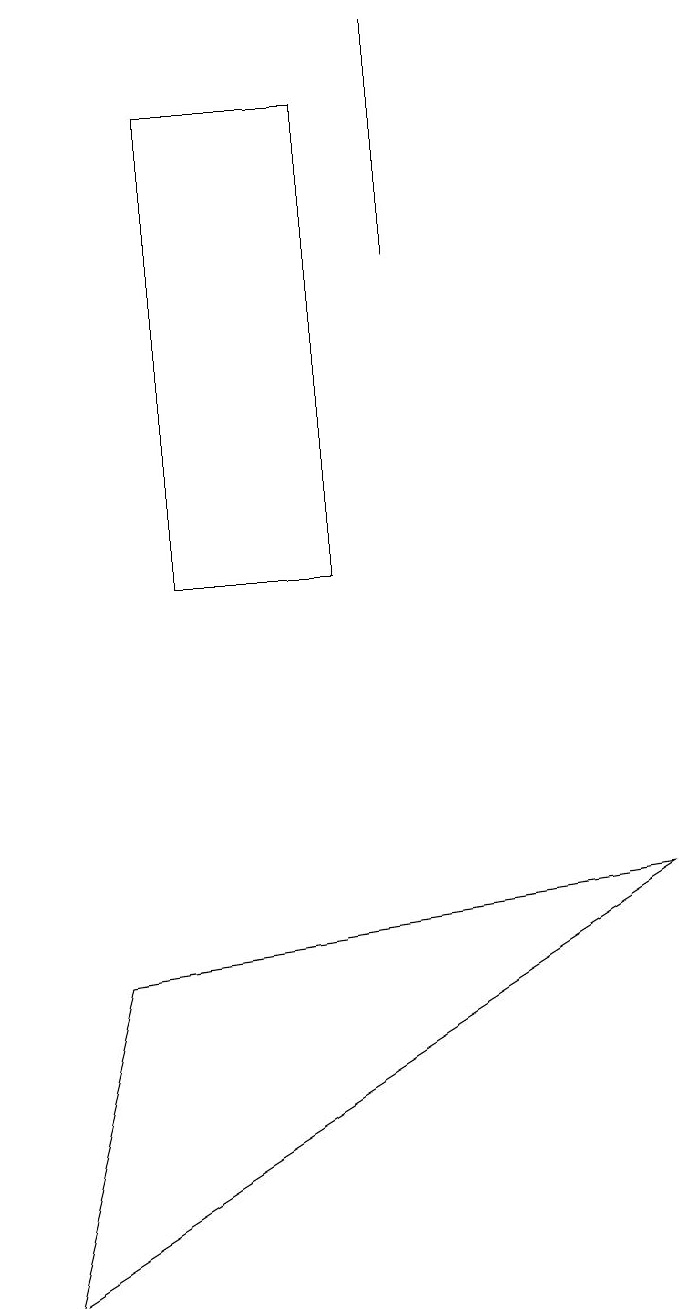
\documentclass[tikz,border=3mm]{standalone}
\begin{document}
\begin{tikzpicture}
\draw (2,17) rectangle (4,11);
\draw (5,18) rectangle (5,15);
\draw (1,6) -- (8,7) -- (0,2) -- cycle;
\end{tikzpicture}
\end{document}